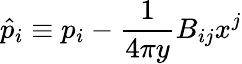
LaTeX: \hat{p}_{i}\equiv p_{i}-{\frac{1}{4\pi y}}B_{ij}x^{j}